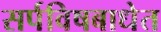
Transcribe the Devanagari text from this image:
सर्पविषबाधेत